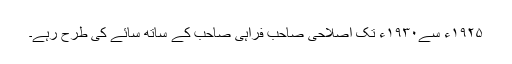
۱۹۲۵ء سے۱۹۳۰ء تک اصلاحی صاحب فراہی صاحب کے ساتھ سائے کی طرح رہے۔